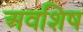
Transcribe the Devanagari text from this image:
अवशिष